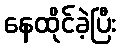
နေထိုင်ခဲ့ပြီး